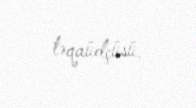
təqaüdçüsü.